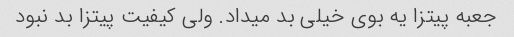
جعبه پیتزا یه بوى خیلى بد میداد. ولى کیفیت پیتزا بد نبود